Scientific memoirs by medical officers of the Army of India - Part II,
Year: 1886
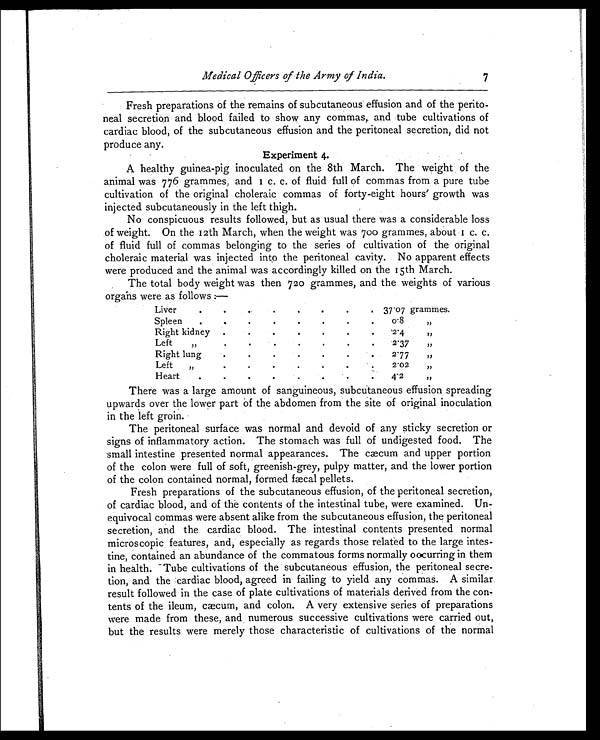
7
Medical Officers of the Army of India.
Fresh preparations of the remains of subcutaneous effusion and of the perito-
neal secretion and blood failed to show any commas, and tube cultivations of
cardiac blood, of the subcutaneous effusion and the peritoneal secretion, did not
produce any.
Experiment 4.
A healthy guinea-pig inoculated on the 8th March. The weight of the
animal was 776 grammes, and 1 c. c. of fluid full of commas from a pure tube
cultivation of the original choleraic commas of forty-eight hours' growth was
injected subcutaneously in the left thigh.
No conspicuous results followed, but as usual there was a considerable loss
of weight. On the 12th March, when the weight was 700 grammes, about 1 c. c.
of fluid full of commas belonging to the series of cultivation of the original
choleraic material was injected into the peritoneal cavity. No apparent effects
were produced and the animal was accordingly killed on the 15th March.
The total body weight was then 720 grammes, and the weights of various
organs were as follows :—
Liver
.
.
.
.
.
.
.
. 37.07 grammes.
Spleen
.
.
.
.
.
.
.
0.8
, ,
Right kidney
.
.
.
.
.
.
.
2.4
, ,
Left
,,
.
.
.
.
.
2.37
,,
Right lung
.
.
.
.
.
.
2.77
, ,
Left
„
.
.
.
.
.
.
2.02
, ,
Heart
.
.
.
.
.
.
.
.
4.2
, ,
There was a large amount of sanguineous, subcutaneous effusion spreading
upwards over the lower part Of the abdomen from the site of original inoculation
in the left groin.
The peritoneal surface was normal and devoid of any sticky secretion or
signs of inflammatory action. The stomach was full of undigested food. The
small intestine presented normal appearances. The cæcum and upper portion
of the colon were full of soft, greenish-grey, pulpy matter, and the lower portion
of the colon contained normal, formed fæcal pellets.
Fresh preparations of the subcutaneous effusion, of the peritoneal secretion,
of cardiac blood, and of the contents of the intestinal tube, were examined. Un-
equivocal commas were absent alike from the subcutaneous effusion, the peritoneal
secretion, and the cardiac blood. The intestinal contents presented normal
microscopic features, and, especially as regards those related to the large intes-
tine, contained an abundance of the commatous forms normally occurring in them
in health. Tube cultivations of the subcutaneous effusion, the peritoneal secre-
tion, and the cardiac blood, agreed in failing to yield any commas. A similar
result followed in the case of plate cultivations of materials derived from the con-
tents of the ileum, cæcum, and colon. A very extensive series of preparations
were made from these, and numerous successive cultivations were carried out,
but the results were merely those characteristic of cultivations of the normal